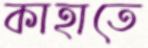
কাহাতে